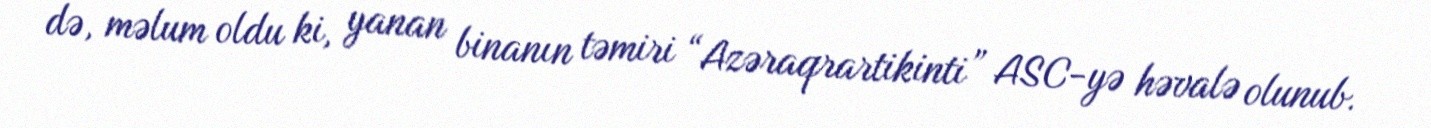
də, məlum oldu ki, yanan binanın təmiri “Azəraqrartikinti” ASC-yə həvalə olunub.